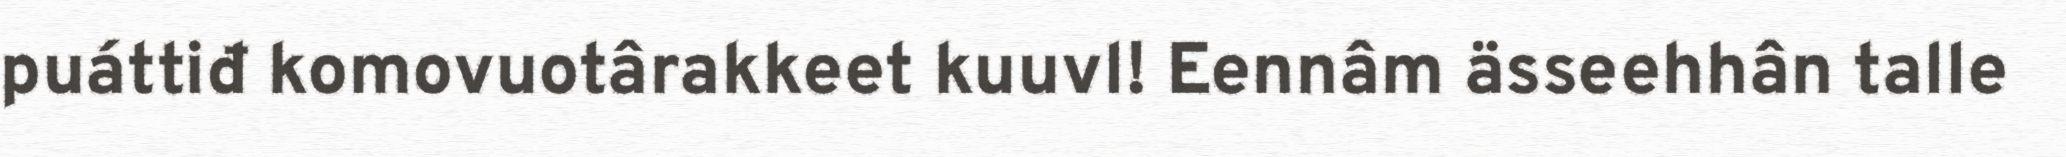
puáttiđ komovuotârakkeet kuuvl! Eennâm ässeehhân talle